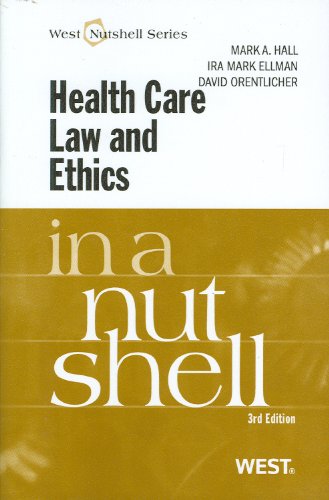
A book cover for Health Care Law and Ethics in a Nutshell; Mark Hall; Medical Books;